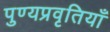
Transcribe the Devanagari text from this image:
पुण्यप्रवृतियाँ